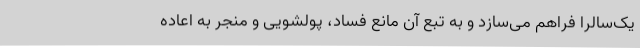
یک‌سالرا فراهم می‌سازد و به تبع آن مانع فساد، پولشویی و منجر به اعاده